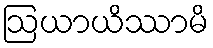
ဩယာယိဿာမိ